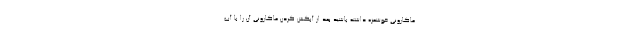
ماکارونی خوشمزه داشته باشید بعد از آبکش کردن ماکارونی آن را با آب